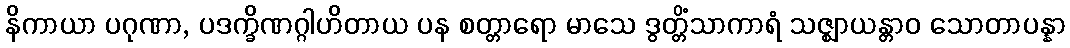
နိကာယာ ပဂုဏာ, ပဒက္ခိဏဂ္ဂါဟိတာယ ပန စတ္တာရော မာသေ ဒွတ္တိံသာကာရံ သဇ္ဈာယန္တာဝ သောတာပန္နာ